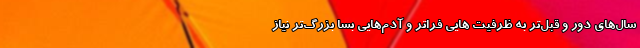
سال‌های دور و قبل‌تر به ظرفیت هایی فراتر و آدم‌هایی بسا بزرگ‌تر نیاز